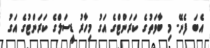
އެބަ ފެނޭ. މި ބާވަތުގެ ކަރަންޓްގެ އަގު މިހާރު ޑީސަލްގެ ކަރަންޓުގެެ އަގު